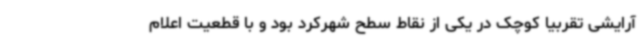
آرایشی تقربیا کوچک در یکی از نقاط سطح شهرکرد بود و با قطعیت اعلام